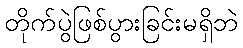
တိုက်ပွဲဖြစ်ပွားခြင်းမရှိဘဲ